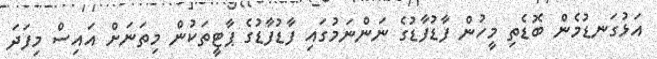
އަޅުގަނޑުމެން ބޮޑެތި މީހުން ފާޑުފާޑުގެ ނަންނަމުގައި ފާޑުފާޑުގެ ޕާޓީތަކުން މިތަނަށް އައިސް މިފަދަ